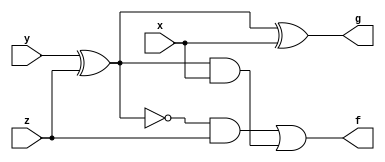
module f_g (x, y, z, f, g);
	input x, y, z;
	output f, g;
	wire k;

	assign k = y ^ z;
	assign g = k ^ x;
	assign f = (~k & z) | (k & x);

endmodule